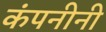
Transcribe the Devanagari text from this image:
कंपनीनी